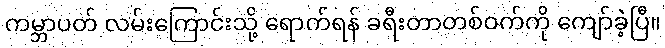
ကမ္ဘာပတ် လမ်းကြောင်းသို့ ရောက်ရန် ခရီးတာတစ်ဝက်ကို ကျော်ခဲ့ပြီ။